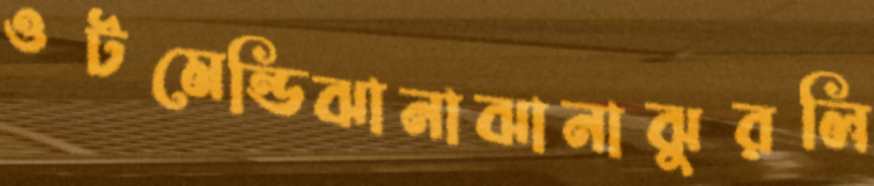
ওটমেন্ডিঝানাঝানাঝুরলি